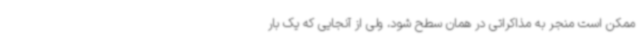
ممکن است منجر به مذاکراتی در همان سطح شود، ولی از آنجایی که یک بار